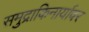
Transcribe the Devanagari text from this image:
समुद्राकिनार्यावर